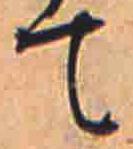
て